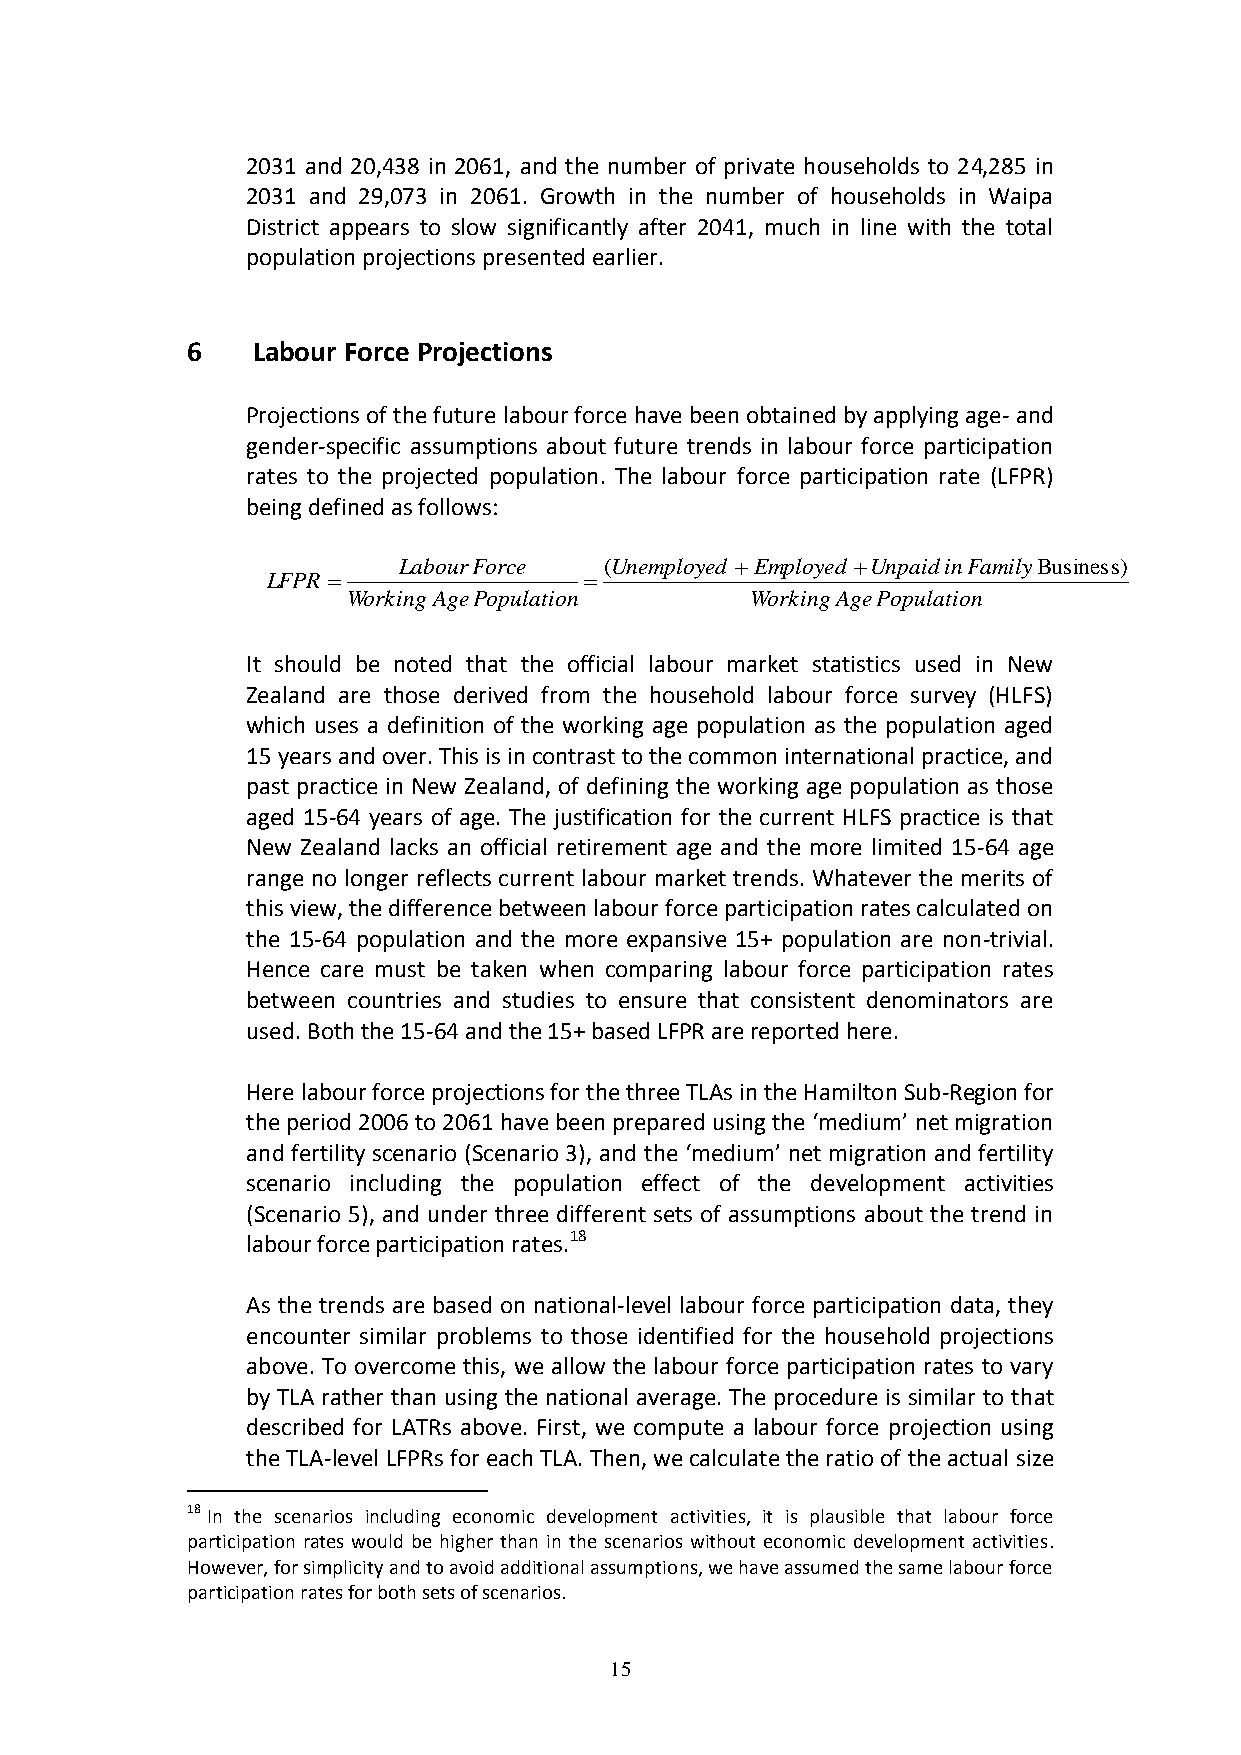
2031 and 20,438 in 2061, and the number of private households to 24,285 in
 2031 and 29,073 in 2061. Growth in the number of households in Waipa
 District appears to slow significantly after 2041, much in line with the total
 population projections presented earlier.
 6    Labour Force Projections
 Projections of the future labour force have been obtained by applying age- and
 gender-specific assumptions about future trends in labour force participation
 rates to the projected population. The labour force participation rate (LFPR)
 being defined as follows:
 LabourForce   (Unemployed Employed UnpaidinFamilyBusiness)
 LFPR
 WorkingAgePopulation       WorkingAgePopulation
 It should be noted that the official labour market statistics used in New
 Zealand are those derived from the household labour force survey (HLFS)
 which uses a definition of the working age population as the population aged
 15 years and over. This is in contrast to the common international practice, and
 past practice in New Zealand, of defining the working age population as those
 aged 15-64 years of age. The justification for the current HLFS practice is that
 New Zealand lacks an official retirement age and the more limited 15-64 age
 range no longer reflects current labour market trends. Whatever the merits of
 this view, the difference between labour force participation rates calculated on
 the 15-64 population and the more expansive 15+ population are non-trivial.
 Hence care must be taken when comparing labour force participation rates
 between countries and studies to ensure that consistent denominators are
 used. Both the 15-64 and the 15+ based LFPR are reported here.
 Here labour force projections for the three TLAs in the Hamilton Sub-Region for
 the period 2006 to 2061 have been prepared using the ‘medium’ net migration
 and fertility scenario (Scenario 3), and the ‘medium’ net migration and fertility
 scenario including the population effect of the development activities
 (Scenario 5), and under three different sets of assumptions about the trend in
 labour force participation rates.18
 As the trends are based on national-level labour force participation data, they
 encounter similar problems to those identified for the household projections
 above. To overcome this, we allow the labour force participation rates to vary
 by TLA rather than using the national average. The procedure is similar to that
 described for LATRs above. First, we compute a labour force projection using
 the TLA-level LFPRs for each TLA. Then, we calculate the ratio of the actual size
 18 In the scenarios including economic development activities, it is plausible that labour force
 participation rates would be higher than in the scenarios without economic development activities.
 However, for simplicity and to avoid additional assumptions, we have assumed the same labour force
 participation rates for both sets of scenarios.
 15